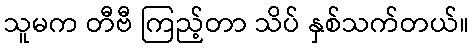
သူမက တီဗီ ကြည့်တာ သိပ် နှစ်သက်တယ်။